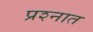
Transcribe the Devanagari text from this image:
प्रश्‍नात